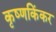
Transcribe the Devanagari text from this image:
कृष्णकिंकर